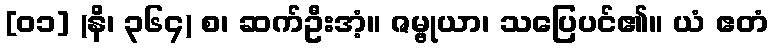
[၀၁] (နိ၊ ၃၆၄) စ၊ ဆက်ဦးအံ့။ ဇမ္ဗုယာ၊ သပြေပင်၏။ ယံ ဧတံ